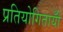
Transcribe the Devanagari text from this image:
प्रतियोगितायोँ